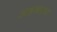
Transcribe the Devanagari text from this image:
अहकाम